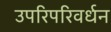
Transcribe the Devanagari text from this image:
उपरिपरिवर्धन